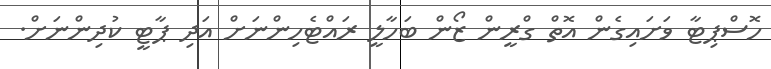
ހޮސްޕިޓާ ވަށައިގެން އޮތް ގްރީން ޒޯން ބަހާލީ ރައްޓެހިންނަށް އަދި ޕާޓީ ކުދިންނަށް.